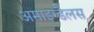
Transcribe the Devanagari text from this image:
अमाइग्डैलस